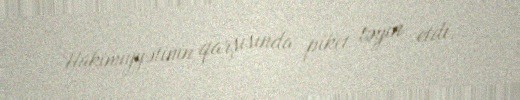
Hakimiyyətinin qarşısında piket təyin etdi.